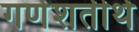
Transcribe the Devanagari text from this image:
गणेशतीर्थ